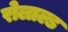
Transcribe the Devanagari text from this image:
रोलाल्ड